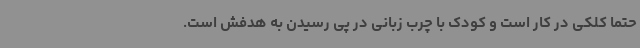
حتما کلکی در کار است و کودک با چرب زبانی در پی رسیدن به هدفش است.